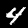
Digit: 4